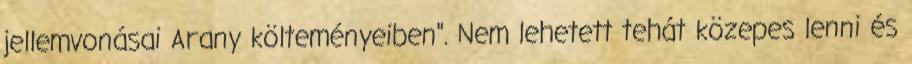
jellemvonásai Arany költeményeiben". Nem lehetett tehát közepes lenni és